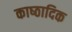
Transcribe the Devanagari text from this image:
काष्‍ठादिक